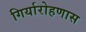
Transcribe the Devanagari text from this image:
गिर्यारोहणास